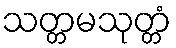
သတ္တမသုတ္တံ